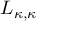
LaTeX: L _ { \kappa , \kappa }